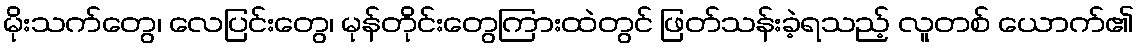
မိုးသက်တွေ၊ လေပြင်းတွေ၊ မုန်တိုင်းတွေကြားထဲတွင် ဖြတ်သန်းခဲ့ရသည့် လူတစ် ယောက်၏